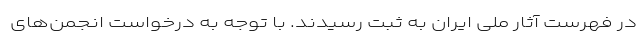
در فهرست آثار ملی ایران به ثبت رسیدند. با توجه به درخواست انجمن‌های